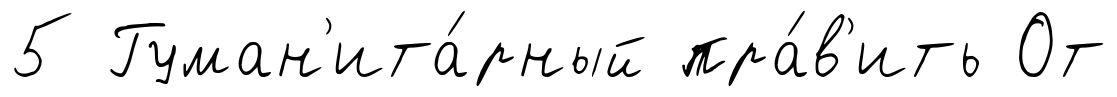
5 Гуман'ита́рный пра́в'ить От